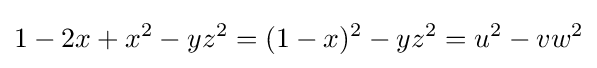
1-2x+x^{2}-yz^{2}=(1-x)^{2}-yz^{2}=u^{2}-vw^{2}